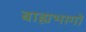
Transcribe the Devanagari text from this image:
बाह्यभागों